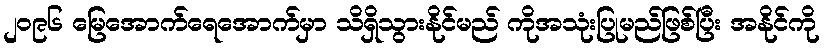
၂၀၉၆ မြေအောက်ရေအောက်မှာ သိရှိသွားနိုင်မည် ကိုအသုံးပြုမည်ဖြစ်ပြီး အနိုင်ကို